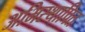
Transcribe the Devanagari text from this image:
अभिस्थापित